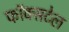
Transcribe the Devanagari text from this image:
फॉक्‍सटेल